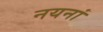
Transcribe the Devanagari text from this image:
नयनां